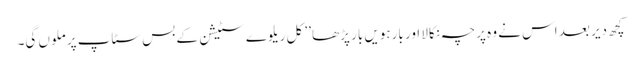
کچھ دیر بعد اس نے وہ پرچہ نکالا اور بارہویں بار پڑھا ’’ کل ریلوے سٹیشن کے بس سٹاپ پر ملوں گی۔